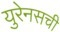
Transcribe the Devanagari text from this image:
युरेनसची